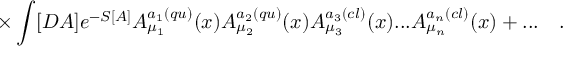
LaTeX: \times \int [ D A ] e ^ { - S [ A ] } A _ { \mu _ { 1 } } ^ { a _ { 1 } ( q u ) } ( x ) A _ { \mu _ { 2 } } ^ { a _ { 2 } ( q u ) } ( x ) A _ { \mu _ { 3 } } ^ { a _ { 3 } ( c l ) } ( x ) . . . A _ { \mu _ { n } } ^ { a _ { n } ( c l ) } ( x ) + . . . \quad .